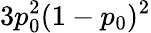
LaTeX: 3p_{0}^{2}(1-p_{0})^{2}